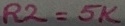
Text: R2=5K